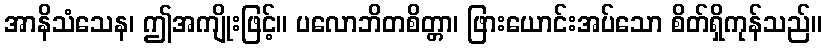
အာနိသံသေန၊ ဤအကျိုးဖြင့်။ ပလောဘိတစိတ္တာ၊ ဖြားယောင်းအပ်သော စိတ်ရှိကုန်သည်။